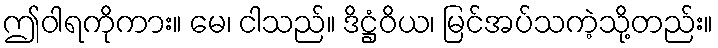
ဤဝါရကိုကား။ မေ၊ ငါသည်။ ဒိဋ္ဌံဝိယ၊ မြင်အပ်သကဲ့သို့တည်း။